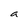
Character: a